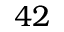
4 2